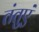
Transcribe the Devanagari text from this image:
तंतुएं